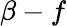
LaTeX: \beta-f